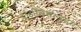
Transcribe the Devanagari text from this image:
ट्राइग्लिसराइडस